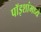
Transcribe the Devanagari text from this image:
पॉइशांमध्ये